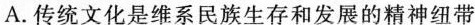
A.传统文化是维系民族生存和发展的精神纽带